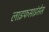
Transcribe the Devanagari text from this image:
लाइफसाइंसेस